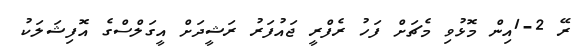
ރޭ 2-1އިން މޮޅުވި މެޗަށް ފަހު ރެފްރީ ޖައުފަރު ރަޝީދަށް އީގަލްސްގެ އޮފިޝަލަކު